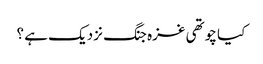
کیا چوتھی غزہ جنگ نزدیک ہے ؟